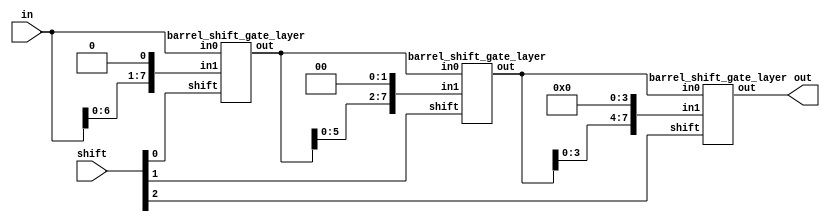
`define SHIFTER_GATE_DELAY 1

module barrel_shifter_gate (in, shift, out);
  input  [7:0] in;
  input  [2:0] shift;
  output [7:0] out;
  wire [7:0] l1, l2;

  barrel_shift_gate_layer shift_l1 (in, {in[6:0], {1{1'b0}}}, shift[0], l1);
  barrel_shift_gate_layer shift_l2 (l1, {l1[5:0], {2{1'b0}}}, shift[1], l2);
  barrel_shift_gate_layer shift_l3 (l2, {l2[3:0], {4{1'b0}}}, shift[2], out);
endmodule

module barrel_shift_gate_layer (in0, in1, shift, out);
  input  [7:0] in0, in1;
  input        shift;
  output [7:0] out;

  mux mux0 (out[0], in0[0], in1[0], shift);
  mux mux1 (out[1], in0[1], in1[1], shift);
  mux mux2 (out[2], in0[2], in1[2], shift);
  mux mux3 (out[3], in0[3], in1[3], shift);
  mux mux4 (out[4], in0[4], in1[4], shift);
  mux mux5 (out[5], in0[5], in1[5], shift);
  mux mux6 (out[6], in0[6], in1[6], shift);
  mux mux7 (out[7], in0[7], in1[7], shift);
endmodule

module mux (x, a, b, sel);
  input  a, b, sel;
  output x;

  not #(`SHIFTER_GATE_DELAY) n0 (sel_i, sel);
  and #(`SHIFTER_GATE_DELAY) a1 (w1, a, sel_i);
  and #(`SHIFTER_GATE_DELAY) a2 (w2, b, sel);
  or  #(`SHIFTER_GATE_DELAY) o1 (x, w1, w2);
endmodule